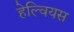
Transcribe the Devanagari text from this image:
हेल्वियस